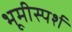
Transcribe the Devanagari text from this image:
भूमीस्पर्श